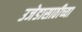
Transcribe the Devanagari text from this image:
उजेडासाठीच्या